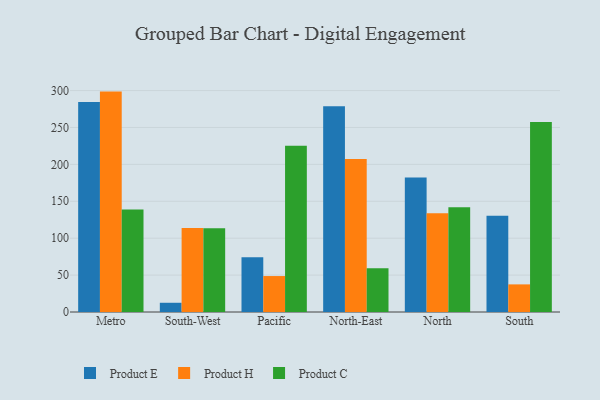
{"axis": {"x": "Region", "y": "Energy Usage (MWh)"}, "legend": ["Product C", "Product E", "Product H"], "data": [{"x": "Metro", "y": 284.5, "type": "Product E"}, {"x": "Metro", "y": 298.6, "type": "Product H"}, {"x": "Metro", "y": 138.8, "type": "Product C"}, {"x": "South-West", "y": 12.5, "type": "Product E"}, {"x": "South-West", "y": 113.7, "type": "Product H"}, {"x": "South-West", "y": 113.6, "type": "Product C"}, {"x": "Pacific", "y": 74.2, "type": "Product E"}, {"x": "Pacific", "y": 48.7, "type": "Product H"}, {"x": "Pacific", "y": 225.1, "type": "Product C"}, {"x": "North-East", "y": 278.6, "type": "Product E"}, {"x": "North-East", "y": 207.2, "type": "Product H"}, {"x": "North-East", "y": 59.3, "type": "Product C"}, {"x": "North", "y": 182.1, "type": "Product E"}, {"x": "North", "y": 133.7, "type": "Product H"}, {"x": "North", "y": 141.9, "type": "Product C"}, {"x": "South", "y": 130.3, "type": "Product E"}, {"x": "South", "y": 37.4, "type": "Product H"}, {"x": "South", "y": 257.5, "type": "Product C"}]}